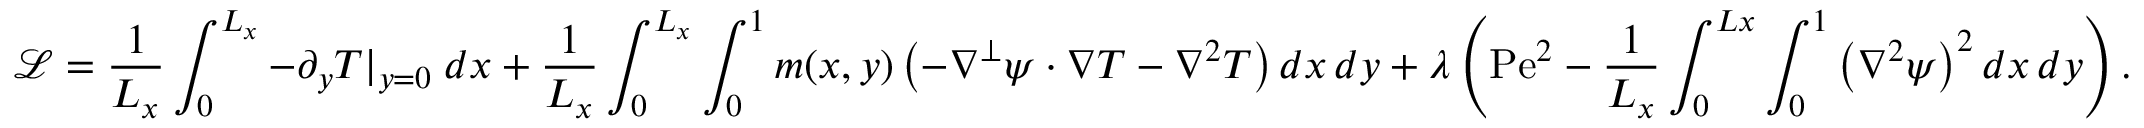
\mathcal { L } = \frac { 1 } { L _ { x } } \int _ { 0 } ^ { L _ { x } } - \partial _ { y } T | _ { y = 0 } \; d x + \frac { 1 } { L _ { x } } \int _ { 0 } ^ { L _ { x } } \int _ { 0 } ^ { 1 } m ( x , y ) \left( - \nabla ^ { \perp } \psi \cdot \nabla T - \nabla ^ { 2 } T \right) d x \, d y + \lambda \left( \mathrm { P e } ^ { 2 } - \frac { 1 } { L _ { x } } \int _ { 0 } ^ { L x } \int _ { 0 } ^ { 1 } \left( \nabla ^ { 2 } \psi \right) ^ { 2 } d x \, d y \right) .